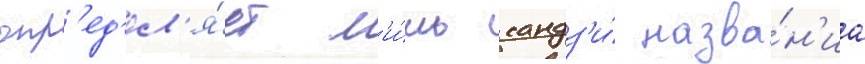
опр'ед'ел'я́ет л'и́шь кандз'и́ назва́н'иа